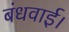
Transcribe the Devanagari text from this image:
बंधवाई।